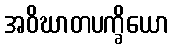
အဝိဃာတပက္ခိယော